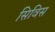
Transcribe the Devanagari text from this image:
सिविस